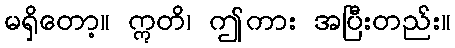
မရှိတော့။ ဣတိ၊ ဤကား အပြီးတည်း။